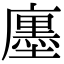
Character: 𢋨